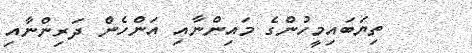
ތިޔަބައިމީހުންގެ މައިންނާއި އަންހެން ދަރިންނާއި